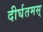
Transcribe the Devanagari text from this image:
दीर्घतमस्‌